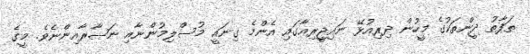
ތަފާތު ދީންތަކުގެ މީހުން ދިރިއުޅޭ ނައިޖީރިއާގައި އެންމެ ގިނައީ މުސްލިމުންނާއި ނަޞާރާއިންނެވެ. މީގެ